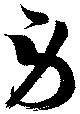
勞